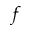
f